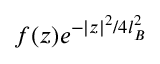
f ( z ) e ^ { - | z | ^ { 2 } / 4 l _ { B } ^ { 2 } }